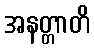
အနတ္တာတိ